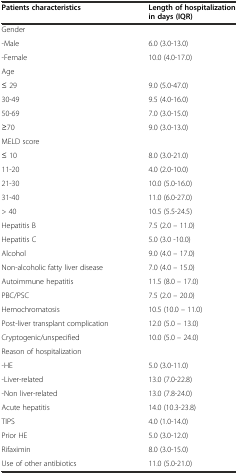
| Patients characteristics | Length of hospitalization in days (IQR) |
 | --- | --- |
 | Gender |  |
 | -Male | 6.0 (3.0-13.0) |
 | -Female | 10.0 (4.0-17.0) |
 | Age |  |
 | ≤ 29 | 9.0 (5.0-47.0) |
 | 30-49 | 9.5 (4.0-16.0) |
 | 50-69 | 7.0 (3.0-15.0) |
 | ≥70 | 9.0 (3.0-13.0) |
 | MELD score |  |
 | ≤ 10 | 8.0 (3.0-21.0) |
 | 11-20 | 4.0 (2.0-10.0) |
 | 21-30 | 10.0 (5.0-16.0) |
 | 31-40 | 11.0 (6.0-27.0) |
 | > 40 | 10.5 (5.5-24.5) |
 | Hepatitis B | 7.5 (2.0 – 11.0) |
 | Hepatitis C | 5.0 (3.0 -10.0) |
 | Alcohol | 9.0 (4.0 – 17.0) |
 | Non-alcoholic fatty liver disease | 7.0 (4.0 – 15.0) |
 | Autoimmune hepatitis | 11.5 (8.0 – 17.0) |
 | PBC/PSC | 7.5 (2.0 – 20.0) |
 | Hemochromatosis | 10.5 (10.0 – 11.0) |
 | Post-liver transplant complication | 12.0 (5.0 – 13.0) |
 | Cryptogenic/unspecified | 10.0 (5.0 – 24.0) |
 | Reason of hospitalization |  |
 | -HE | 5.0 (3.0-11.0) |
 | -Liver-related | 13.0 (7.0-22.8) |
 | -Non liver-related | 13.0 (7.8-24.0) |
 | Acute hepatitis | 14.0 (10.3-23.8) |
 | TIPS | 4.0 (1.0-14.0) |
 | Prior HE | 5.0 (3.0-12.0) |
 | Rifaximin | 8.0 (3.0-15.0) |
 | Use of other antibiotics | 11.0 (5.0-21.0) |